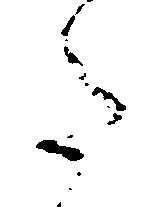
た